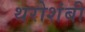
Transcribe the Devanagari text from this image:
थरोशंबी